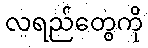
လရည်တွေကို